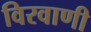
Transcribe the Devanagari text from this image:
विरवाणी